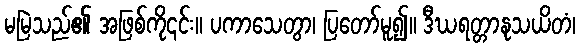
မမြဲသည်၏ အဖြစ်ကို၎င်း။ ပကာသေတွာ၊ ပြတော်မူ၍။ ဒီဃရတ္တာနုသယိတံ၊